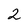
Character: 2